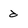
Character: d